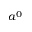
a ^ { 0 }